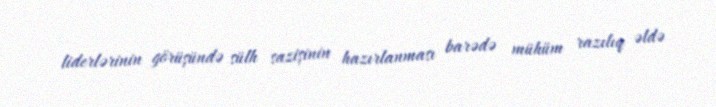
liderlərinin görüşündə sülh sazişinin hazırlanması barədə mühüm razılıq əldə